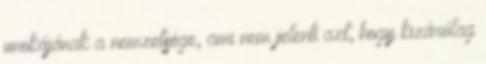
unokájának a nemzetsége, ami nem jelenti azt, hogy kizárólag